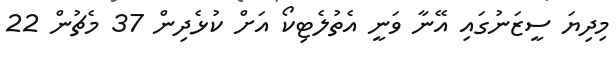
މިދިޔަ ސީޒަނުގައި އޭނާ ވަނީ އެތުލެޓިކޯ އަށް ކުޅެދިން 37 މެޗުން 22